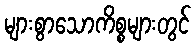
များစွာသောကိစ္စများတွင်